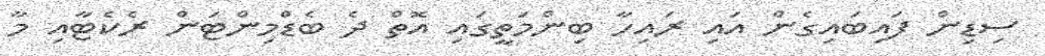
ސިޑިން ފައިބައިގެން އައި ރައިހާ ބިންމަތީގައި އޮތް ދެ ބެޑްމިންޓަން ރެކެޓާއި މާ